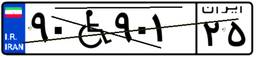
۹۰W۹۰۱۲۵